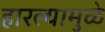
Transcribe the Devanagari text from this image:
हारल्यामुळे